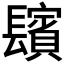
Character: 𨲺